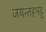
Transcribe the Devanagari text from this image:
जयन्तहभट्ट